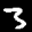
Label: 3